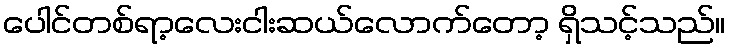
ပေါင်တစ်ရာ့လေးငါးဆယ်လောက်တော့ ရှိသင့်သည်။